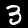
Digit: 3